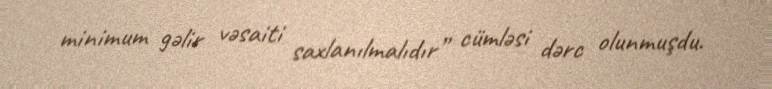
minimum gəlir vəsaiti saxlanılmalıdır” cümləsi dərc olunmuşdu.